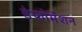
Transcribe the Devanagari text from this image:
डेफोर्मेशन